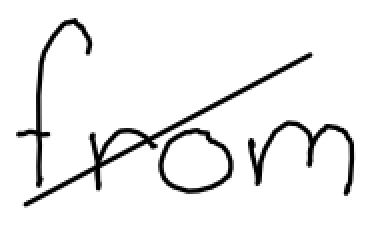
Text: from
Cross-out: diagonal
Writing tool: digital_black